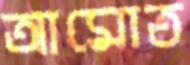
আমোত